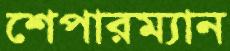
শেপারম্যান